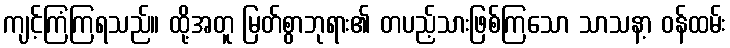
ကျင့်ကြံကြရသည်။ ထို့အတူ မြတ်စွာဘုရား၏ တပည့်သားဖြစ်ကြသော သာသနာ့ ဝန်ထမ်း